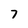
Character: 7